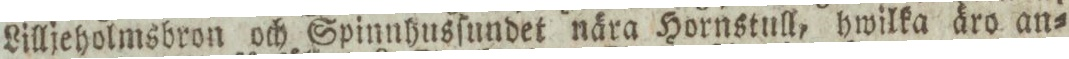
Lilljeholmsbron och Spinnhusſundet nära Hornstull, hwilka äro an=